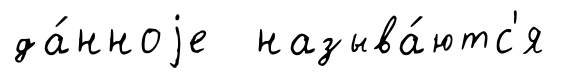
да́нноjе называ́ютс'я